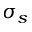
\sigma _ { s }